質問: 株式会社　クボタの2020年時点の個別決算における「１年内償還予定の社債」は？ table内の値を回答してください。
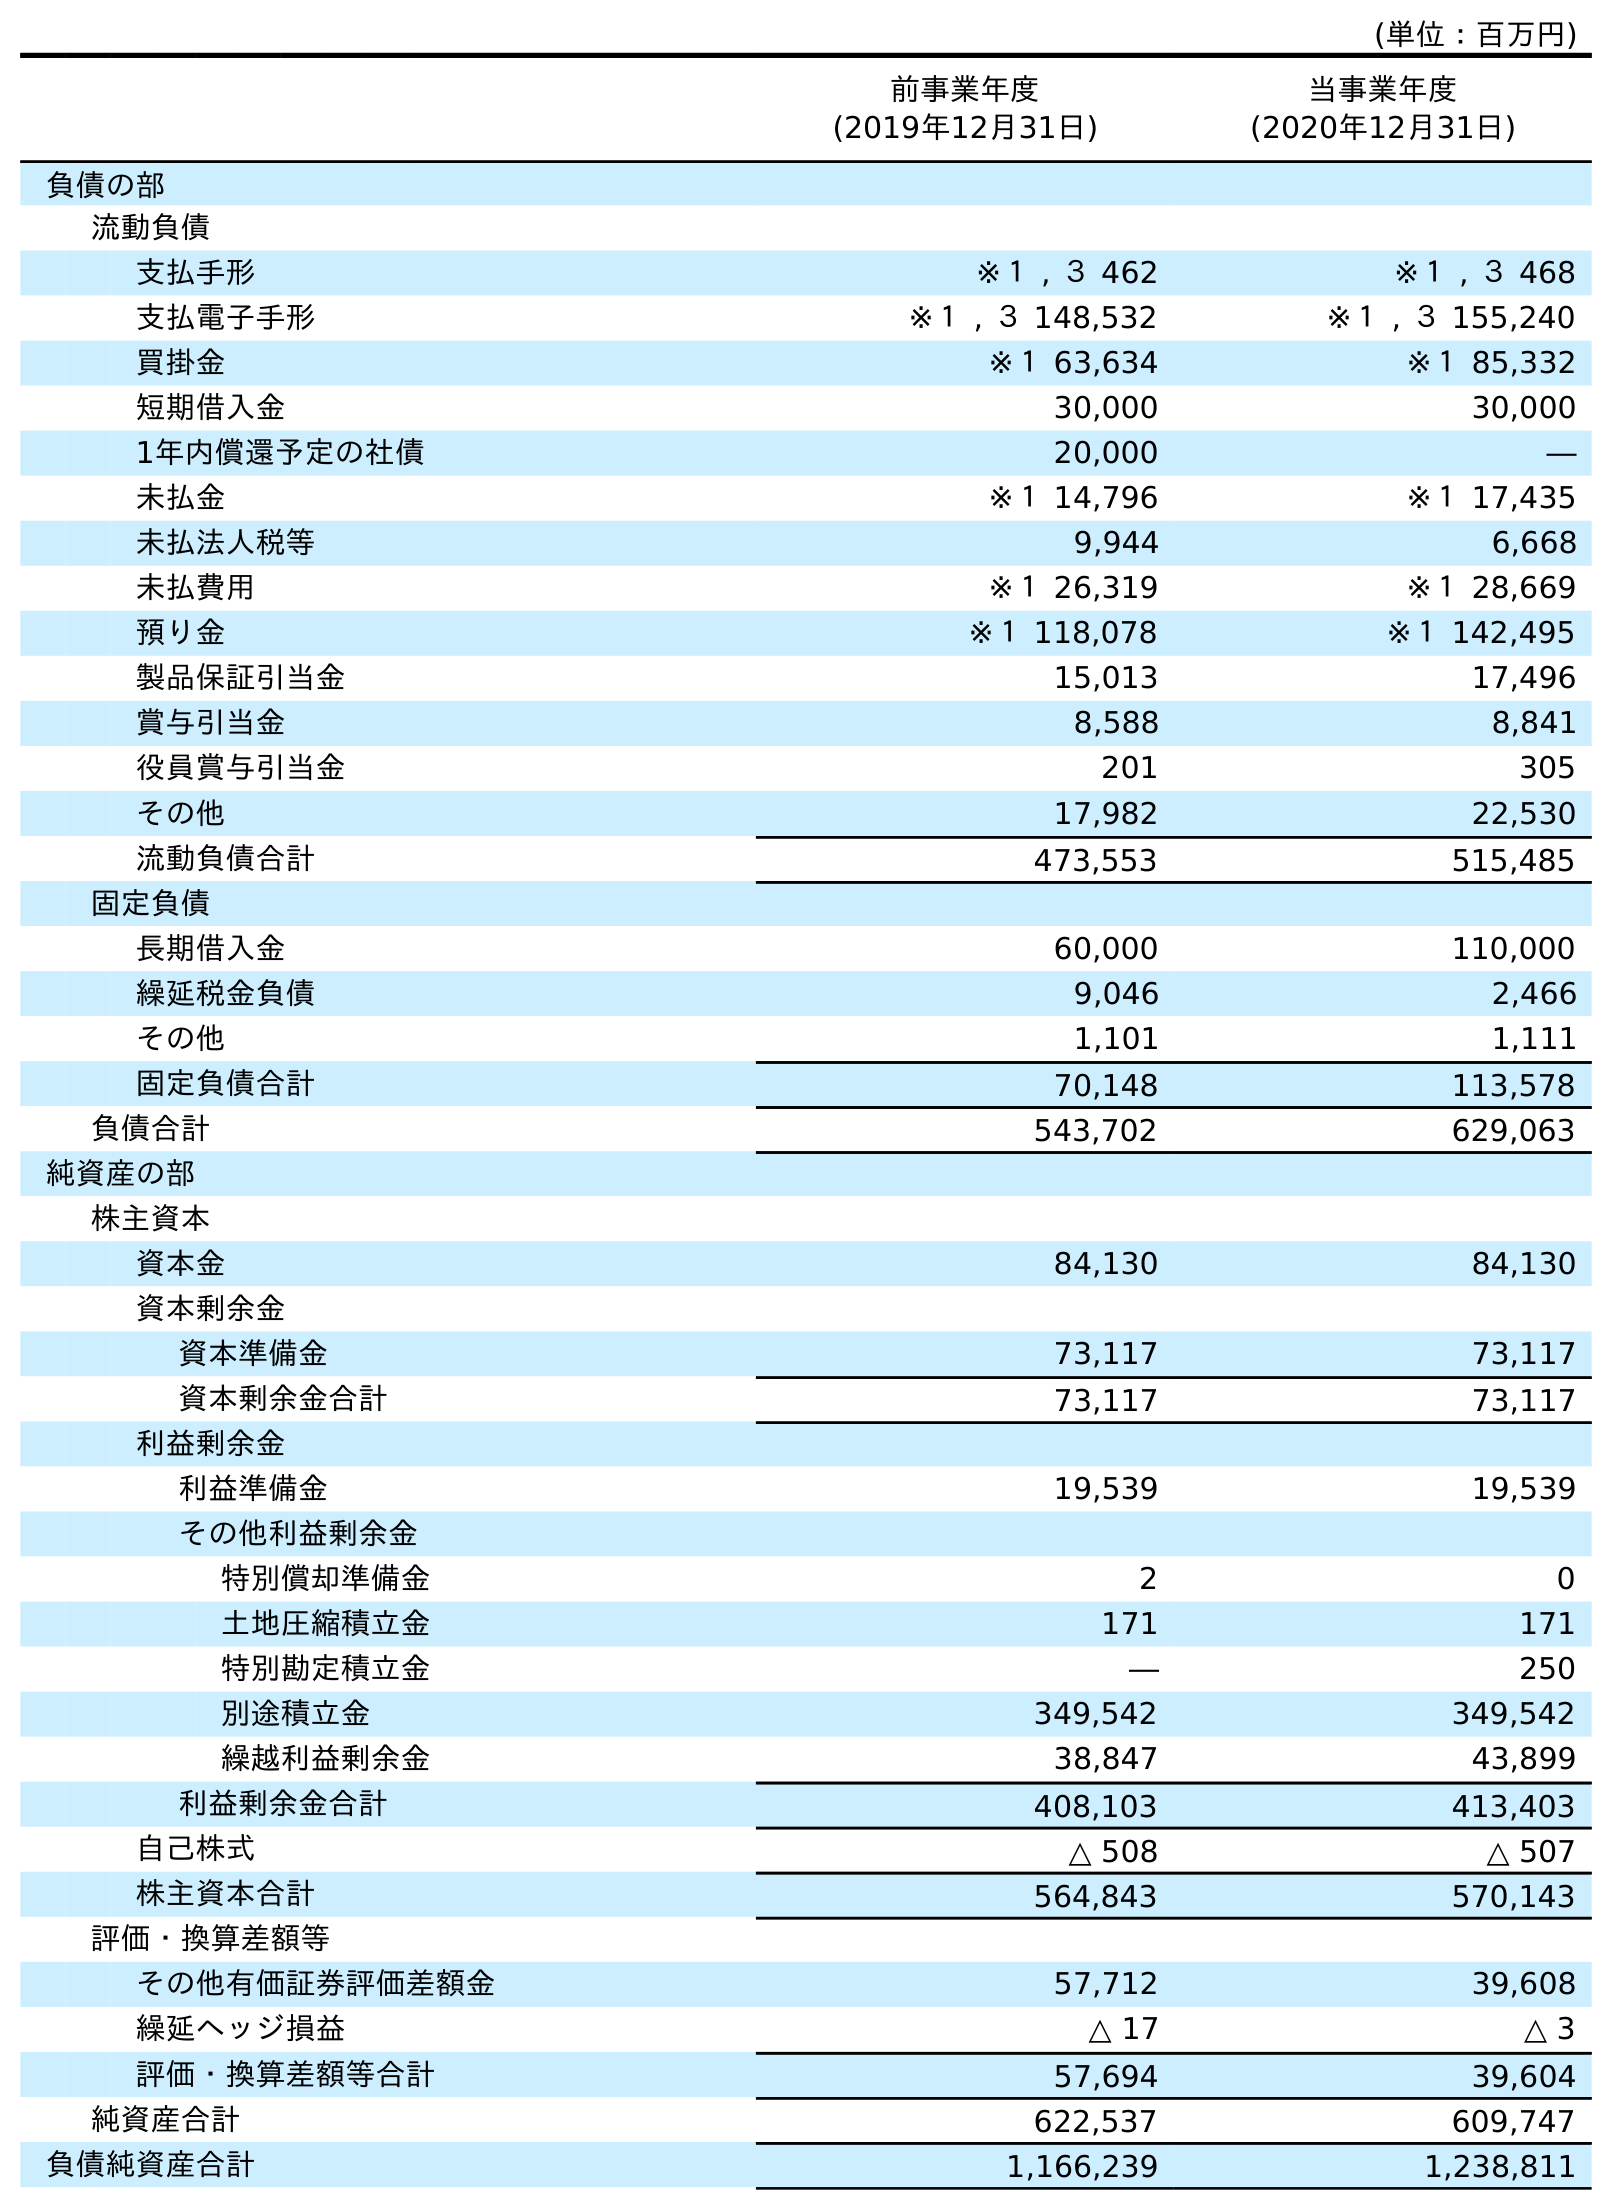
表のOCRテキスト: (単位：百万円) 前事業年度 (2019年12月31日) 当事業年度 (2020年12月31日) 負債の部 流動負債 支払手形 ※１ , ３ 462 ※１ , ３ 468 支払電子手形 ※１ , ３ 148,532 ※１ , ３ 155,240 買掛金 ※１ 63,634 ※１ 85,332 短期借入金 30,000 30,000 1年内償還予定の社債 20,000 ― 未払金 ※１ 14,796 ※１ 17,435 未払法人税等 9,944 6,668 未払費用 ※１ 26,319 ※１ 28,669 預り金 ※１ 118,078 ※１ 142,495 製品保証引当金 15,013 17,496 賞与引当金 8,588 8,841 役員賞与引当金 201 305 その他 17,982 22,530 流動負債合計 473,553 515,485 固定負債 長期借入金 60,000 110,000 繰延税金負債 9,046 2,466 その他 1,101 1,111 固定負債合計 70,148 113,578 負債合計 543,702 629,063 純資産の部 株主資本 資本金 84,130 84,130 資本剰余金 資本準備金 73,117 73,117 資本剰余金合計 73,117 73,117 利益剰余金 利益準備金 19,539 19,539 その他利益剰余金 特別償却準備金 2 0 土地圧縮積立金 171 171 特別勘定積立金 ― 250 別途積立金 349,542 349,542 繰越利益剰余金 38,847 43,899 利益剰余金合計 408,103 413,403 自己株式 △ 508 △ 507 株主資本合計 564,843 570,143 評価・換算差額等 その他有価証券評価差額金 57,712 39,608 繰延ヘッジ損益 △ 17 △ 3 評価・換算差額等合計 57,694 39,604 純資産合計 622,537 609,747 負債純資産合計 1,166,239 1,238,811
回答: ―